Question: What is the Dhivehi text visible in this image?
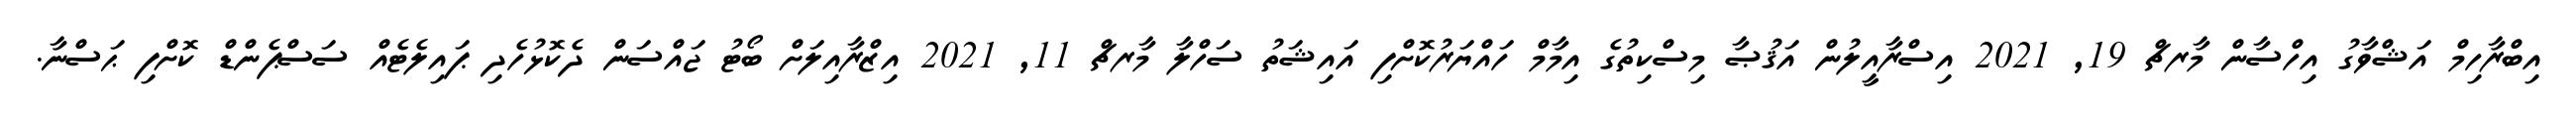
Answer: އިބްރާހިމް އަޝްވާގު އިހްސާން މާރޗް 19, 2021 އިސްރާއީލުން އަޤުޞާ މިސްކިތުގެ އިމާމް ހައްޔަރުކޮށްފި އައިޝަތު ސަހްލާ މާރޗް 11, 2021 އިޒްރާއިލަށް ބޯޓު ޖައްސަން ދެކޮޅުހެދި ޕައިލެޓެއް ސަސްޕެންޑް ކޮށްފި ޙަސްނާ.